Vaccination United Provinces of Agra and Oudh 1902-1913 - 1902-1913
Year: 1902
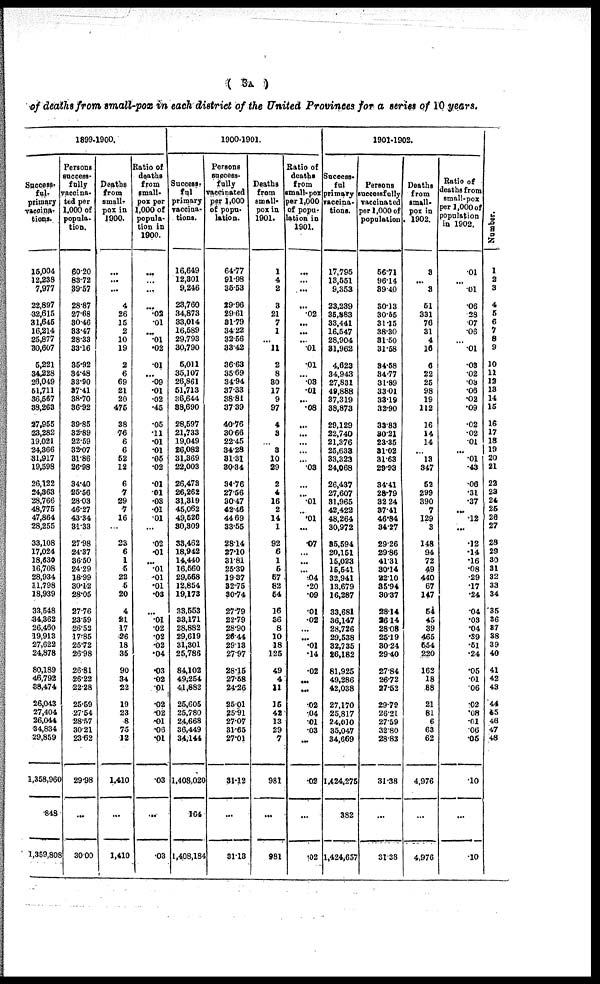
( 3A )
of deaths from small-pox in each district of the United Provinces for a series of 10 years.
1899-1900.
Success¬
ful-
primary
vaccina¬
tions.
15,004
12,238
7,977
22,897
32,615
31,645
16,214
25,877
30,607
5,221
34,228
26,049
51,711
36,567
38,263
27,955
23,282
19,021
24,366
31,917
19,598
26,122
24,363
28,766
48,775
47,864
28,255
33,108
17,024
18,530
16,708
28,934
11,798
18,939
33,548
34,362
26,460
19,913
27,622
24,878
80,189
46,792
38,474
26,043
27,404
26,044
34,834
29,859
1,358,960
848
l,359,808
Persons
success¬
fully
vaccina¬
ted per
1,000 of
popula-
tion.
60.20
83.72
89.57
28.87
27.68
30.46
33.47
28.33
33.16
35.92
34.48
33.90
37.41
38.70
36.92
39.85
32.89
22.59
32.07
31.86
26.98
34.40
25.56
28.03
46.27
43.34
31.33
27.98
24.37
36.50
24.29
18.99
30.12
28.05
27.76
23.59
26.52
17.85
25.72
26.98
26.81
26.22
22.28
25.59
27.54
28.57
30.21
23.62
29.98
...
30.00
Deaths
from
small-
pox in
1900.
...
...
...
4
26
15
2
10
19
2
6
69
21
20
475
38
76
6
6
52
12
6
7
29
7
16
...
23
6
1
5
22
5
20
4
21
17
26
18
35
90
34
22
19
23
8
75
12
1,410
...
1,410
Ratio of
deaths
from
small-
pox per
1,000 of
popula-
tion in
1900.
...
...
...
...
.02
.01
...
.01
.02
.01
...
.09
.01
.02
.45
.05
.11
.01
.01
.05
.02
.01
.01
.03
.01
.01
...
.02
.01
...
.01
.01
.01
.03
...
.01
.02
.02
.02
.04
.03
.02
.01
.02
.02
.01
.06
.01
.03
...
.03
1900-1901.
Succes¬
ful
primary
vaccina¬
tions.
16,649
12,301
9,246
23,760
34,873
33,014
16,589
29,793
30,790
5,011
35,107
26,861
51,713
36,644
38,690
28,597
21,733
19,049
26,082
31,369
22,003
26,473
26,262
31,319
45,062
49,526
30,309
33,462
18,942
14,440
16,560
29,568
12,854
19,173
33,553
33,171
28,882
29,619
31,301
25,786
84,102
49,254
41,882
25,605
25,780
24,668
36,449
34,144
1,408,020
164
1,408,184
Persons
success¬
fully
vaccinated
per 1,000
of popu-
lation.
64.77
91.98
35.53
29.96
29.61
31.79
34.22
32.56
33.42
36.63
35.69
34.94
37.33
38.81
37.39
40.76
30.66
22.45
34.28
31.31
30.34
34.76
27.56
30.47
42.46
44.69
33.55
28.14
27.10
31.81
25.39
19.37
32.75
30.74
27.79
22.79
28.90
25.44
29.18
27.97
28.15
27.58
24.26
25.01
25.91
27.07
31.65
27.01
31.12
...
31.13
Deaths
from
small-
pox in
1901.
1
4
2
3
21
7
1
...
11
2
8
30
17
9
97
4
3
...
3
10
29
2
4
16
2
14
1
92
6
1
5
57
82
54
16
36
8
10
18
125
49
4
11
15
42
13
29
7
981
...
981
Ratio of
deaths
from
small-pox
per 1,000
of popu¬
lation in
1901.
...
...
...
...
.02
...
...
...
.01
.01
...
.03
.01
...
.08
...
...
...
...
...
.03
...
...
.01
...
.01
...
.07
...
...
...
.04
.20
.09
.01
.02
...
...
.01
.14
.02
...
...
.02
.04
.01
.03
...
.02
...
.02
1901-1902.
Suceess¬
ful
primary
vaccina-
tions.
17,796
13,551
9,353
23,239
35,883
33,441
16,547
28,904
31,962
4,623
34,943
27,831
49,888
37,319
38,873
29,129
22,740
21,376
25,633
33,323
24,068
26,437
27,607
31,965
42,422
48,264
30,972
35,594
20,151
15,023
15,541
32,941
13,679
16,287
33,681
36,147
28,726
29,538
32,735
26,182
81,925
49,286
42,038
27,170
25,817
24,010
35,047
34,669
1,424,275
382
1,424,657
Persons
successfully
vaccinated
per 1,000 of
population
56.71
96.14
39.40
30.13
30.55
31.15
38.30
31.50
31.58
34.58
34.77
31.89
33.01
33.19
32.90
33.83
30.21
23.85
31.02
31.63
29.93
34.41
28.79
32.24
37.41
46.84
34.27
29.26
29.86
41.31
30.14
32.10
35.94
30.37
28.14
26.14
28.08
25.19
30.24
29.40
27.84
26.72
27.52
29.79
26.21
27.59
32.80
28.83
31.38
...
31.38
Deaths
from
small-
pox in
1902.
8
...
3
51
331
76
31
4
16
6
22
25
98
19
112
16
14
14
...
13
347
52
299
390
7
129
3
148
94
72
49
440
67
147
54
45
39
465
554
220
162
18
88
21
81
6
63
62
4,976
...
4,976
Ratio of
deaths from
small-pox
per 1,000 of
population
in 1902.
.01
...
.01
.06
.28
.07
.06
...
.01
.03
.02
.03
.06
.02
.09
.02
.02
.01
...
.01
.43
.06
.31
.37
...
.12
...
.12
.14
.16
.08
.29
.17
.24
.04
.03
.04
.39
.51
.24
.05
.01
.06
.02
.08
.01
.06
.05
.10
...
.10
Number.
1
2
3
4
5
6
7
8
9
10
11
12
13
14
15
16
17
18
19
20
21
22
23
24
25
26
27
28
29
30
31
32
33
34
35
36
37
38
39
40
41
42
43
44
45
46
47
48